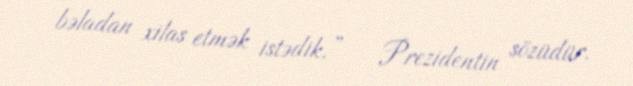
bəladan xilas etmək istədik.” – Prezidentin sözüdür.